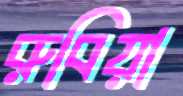
রুবিয়া